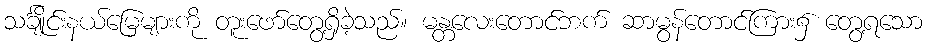
သင်္ချိုင်းနယ်မြေများကို တူးဖော်တွေ့ရှိခဲ့သည်။ မန္တလေးတောင်ဘက် ဆာမွန်တောင်ကြား၌ တွေ့ရသော